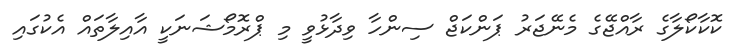
ކޮކާކޯލާގެ ރާއްޖޭގެ މެނޭޖަރު ޕަންކަޖް ސިންހާ ވިދާޅުވީ މި ޕްރޮމޯޝަނަކީ އާއިލާތައް އެކުގައި